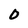
Character: 0